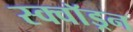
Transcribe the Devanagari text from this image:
स्क्वाॅड्रन